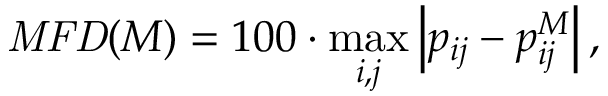
\mathit { M F D } ( M ) = 1 0 0 \cdot \operatorname* { m a x } _ { i , j } \left| p _ { i j } - p _ { i j } ^ { M } \right| ,